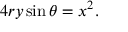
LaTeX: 4 r y \sin \theta = x ^ { 2 } .